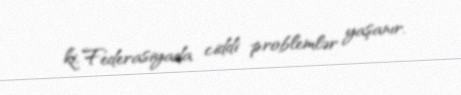
ki, Federasiyada ciddi problemlər yaşanır.